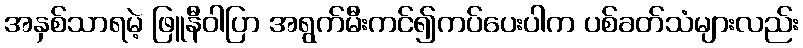
အနှစ်သာရမဲ့ ဖြူနီဝါပြာ အရွက်မီးကင်၍ကပ်ပေးပါက ပစ်ခတ်သံများလည်း